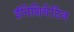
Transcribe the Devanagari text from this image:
ईनिशियेटिव